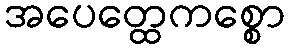
အပေတ္ထေကစ္စော